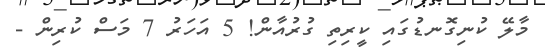
މާލޭ ކުނިގޮނޑުގައި ކީރިތި ގުރުއާން! 5 އަހަރު 7 މަސް ކުރިން -